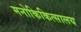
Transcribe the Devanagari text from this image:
मनोकिकित्सालय